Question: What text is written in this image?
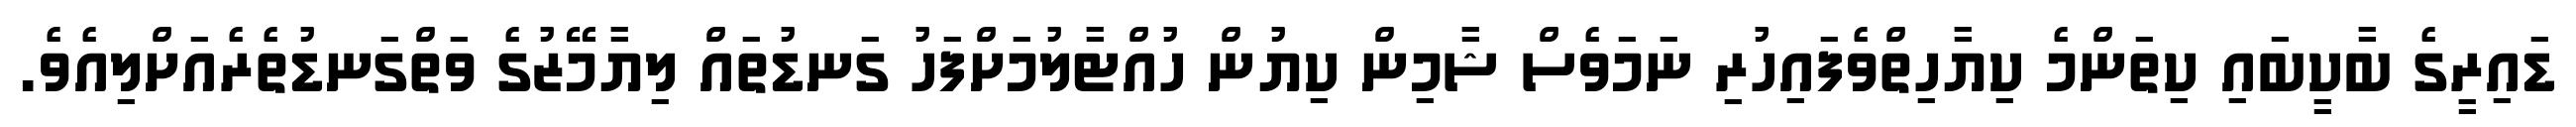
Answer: ޑައިރީގެ ބާކީބައި ކިތަންމެ ކިޔާހިތްވެފައިހުރި ނަމަވެސް ޝާމިން ކިޔުން ހުއްޓާލުމަށްފަހު ގަނޑުތައް ލިޔާމޭޒުގެ ވަތްގަނޑުތެރެއަށްލިއެވެ.